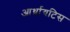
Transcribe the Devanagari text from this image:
आर्थ्रायटिस